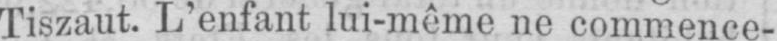
Tiszaut. L’enfant lui-même ne commence-